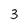
Character: 3